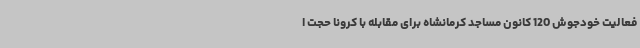
فعالیت خودجوش 120 کانون مساجد کرمانشاه برای مقابله با کرونا حجت ا